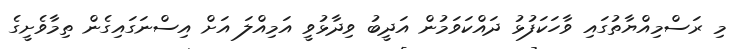
މި ރަސްމިއްޔާތުގައި ވާހަކަފުޅު ދައްކަވަމުން އަދީބު ވިދާޅުވީ އަމިއްލަ އަށް އިސްނަގައިގެން ތިމާވެށީގެ